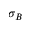
\sigma _ { B }